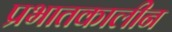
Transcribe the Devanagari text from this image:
प्रभातकालीन